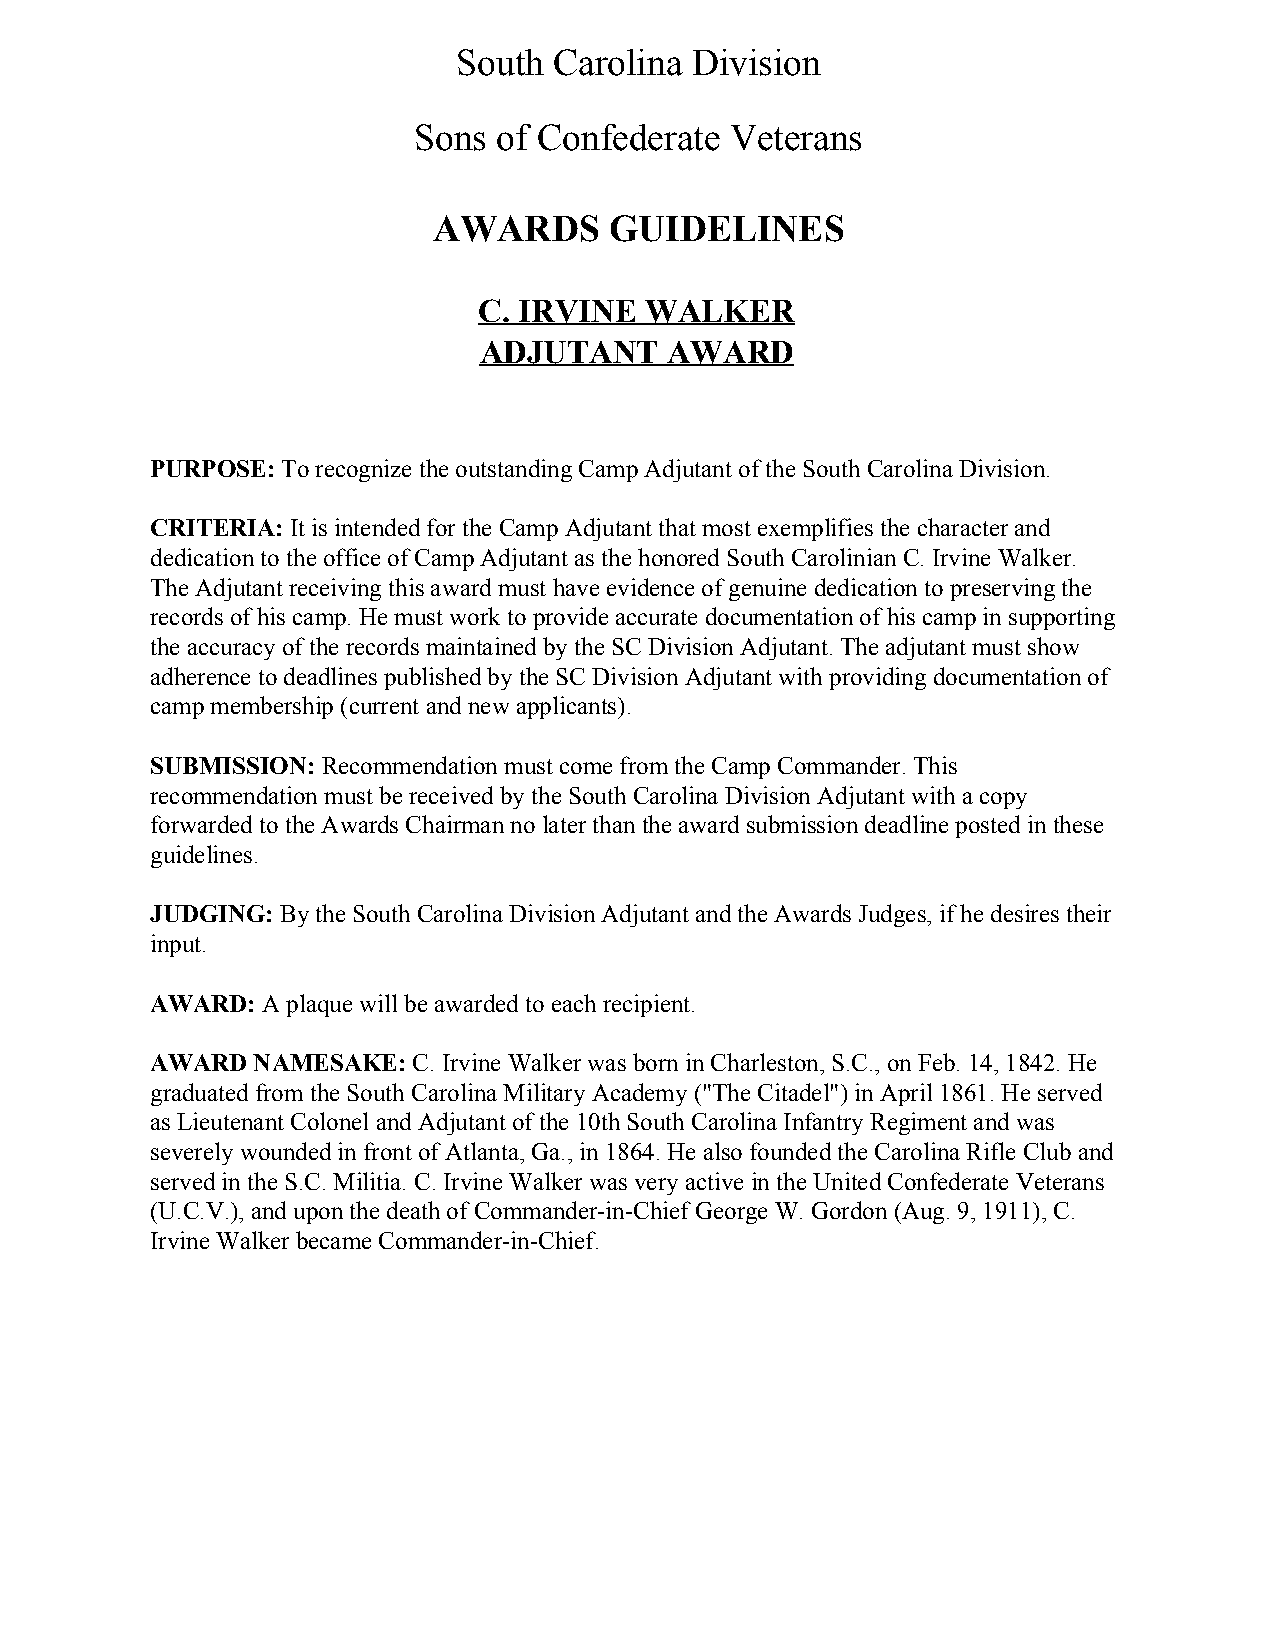
South  Carolina Division
 Sons  of Confederate Veterans
 AWARDS     GUIDELINES
 C. IRVINE  WALKER
 ADJUTANT    AWARD
 PURPOSE: To recognize the outstanding Camp Adjutant of the South Carolina Division.
 ​
 CRITERIA: It is intended for the Camp Adjutant that most exemplifies the character and
 ​
 dedication to the office of Camp Adjutant as the honored South Carolinian C. Irvine Walker.
 The Adjutant receiving this award must have evidence of genuine dedication to preserving the
 records of his camp. He must work to provide accurate documentation of his camp in supporting
 the accuracy of the records maintained by the SC Division Adjutant. The adjutant must show
 adherence to deadlines published by the SC Division Adjutant with providing documentation of
 camp membership (current and new applicants).
 SUBMISSION: Recommendation must come from the Camp Commander. This
 ​
 recommendation must be received by the South Carolina Division Adjutant with a copy
 forwarded to the Awards Chairman no later than the award submission deadline posted in these
 guidelines.
 JUDGING: By the South Carolina Division Adjutant and the Awards Judges, if he desires their
 ​
 input.
 AWARD: A plaque will be awarded to each recipient.
 ​
 AWARD  NAMESAKE: C. Irvine Walker was born in Charleston, S.C., on Feb. 14, 1842. He
 ​
 graduated from the South Carolina Military Academy ("The Citadel") in April 1861. He served
 as Lieutenant Colonel and Adjutant of the 10th South Carolina Infantry Regiment and was
 severely wounded in front of Atlanta, Ga., in 1864. He also founded the Carolina Rifle Club and
 served in the S.C. Militia. C. Irvine Walker was very active in the United Confederate Veterans
 (U.C.V.), and upon the death of Commander­in­Chief George W. Gordon (Aug. 9, 1911), C.
 Irvine Walker became Commander­in­Chief.